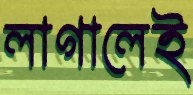
লাগালেই